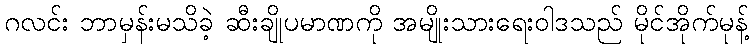
ဂလင်း ဘာမှန်းမသိခဲ့ ဆီးချိုပမာဏကို အမျိုးသားရေးဝါဒသည် မိုင်အိုက်မုန့်